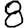
Digit: 8